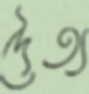
দৈত্য